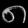
Digit: ၈